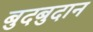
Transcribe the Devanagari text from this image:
बुदबुदान